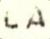
LA